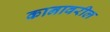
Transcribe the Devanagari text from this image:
कानावरील